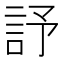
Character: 𧦃